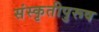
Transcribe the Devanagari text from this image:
संस्कृतीपुरूष